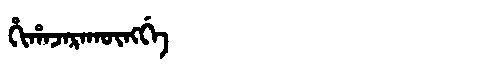
Manchu: ᡥᡳᡥᠠᠵᠠᡵᠠᡴᡡᠩᡤᡝ
Romanization: HIHAJARAKŪNGGE